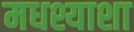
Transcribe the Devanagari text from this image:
मधश्याशा